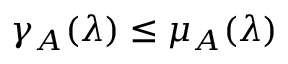
\gamma _ { A } ( \lambda ) \leq \mu _ { A } ( \lambda )